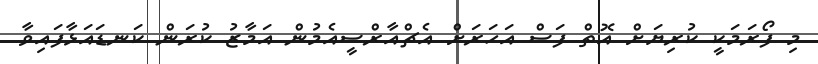
މި ފޯރަމަކީ ކުރިޔަށް އޮތް ފަސް އަހަރަށް އެޗްއާރްސީއެމުން އަމާޒު ކުރަން ކަނޑައަޅާފައިވާ